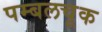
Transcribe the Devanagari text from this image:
पम्बलचूक